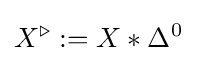
X^{\triangleright }:=X*\Delta ^{0}